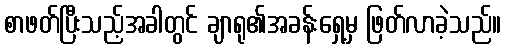
စာဖတ်ပြီးသည့်အခါတွင် ချာရု၏အခန်းရှေ့မှ ဖြတ်လာခဲ့သည်။